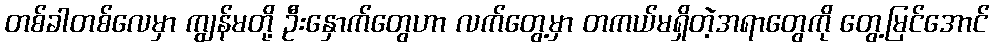
တစ်ခါတစ်လေမှာ ကျွန်မတို့ ဦးနှောက်တွေဟာ လက်တွေ့မှာ တကယ်မရှိတဲ့အရာတွေကို တွေ့မြင်အောင်